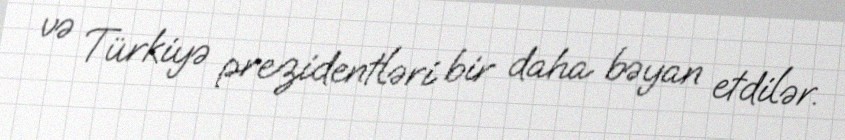
və Türkiyə prezidentləri bir daha bəyan etdilər.